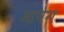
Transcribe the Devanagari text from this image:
आयेग